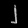
Digit: ၂